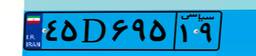
۶۸D۲۰۷۴۵